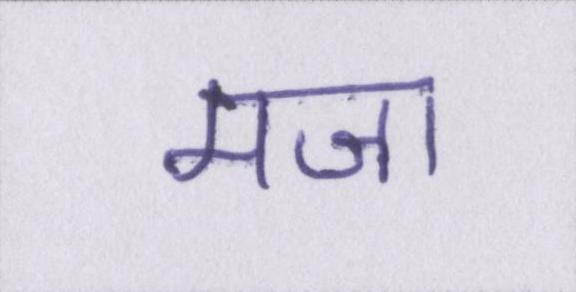
मजा